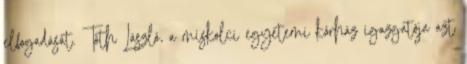
elfogadását. Tóth László, a miskolci egyetemi kórház igazgatója azt